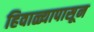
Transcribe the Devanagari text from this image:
हिवाळ्यापासून